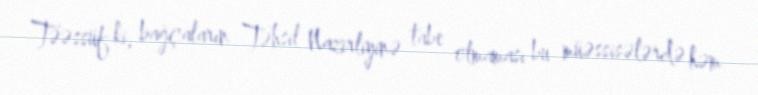
Təəssüf ki, bağçaların Təhsil Nazirliyinə tabe olmaması bu müəssisələrdə həm